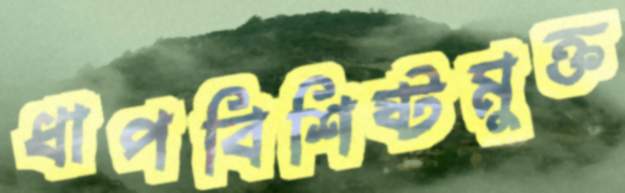
ধাপবিশিষ্টমুক্ত